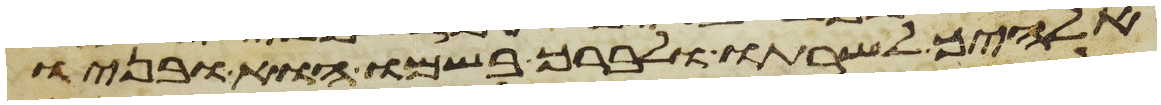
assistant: אלהיך לשרתו ולברך בשמו הוא ובניו